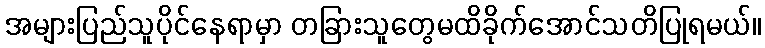
အများပြည်သူပိုင်နေရာမှာ တခြားသူတွေမထိခိုက်အောင်သတိပြုရမယ်။